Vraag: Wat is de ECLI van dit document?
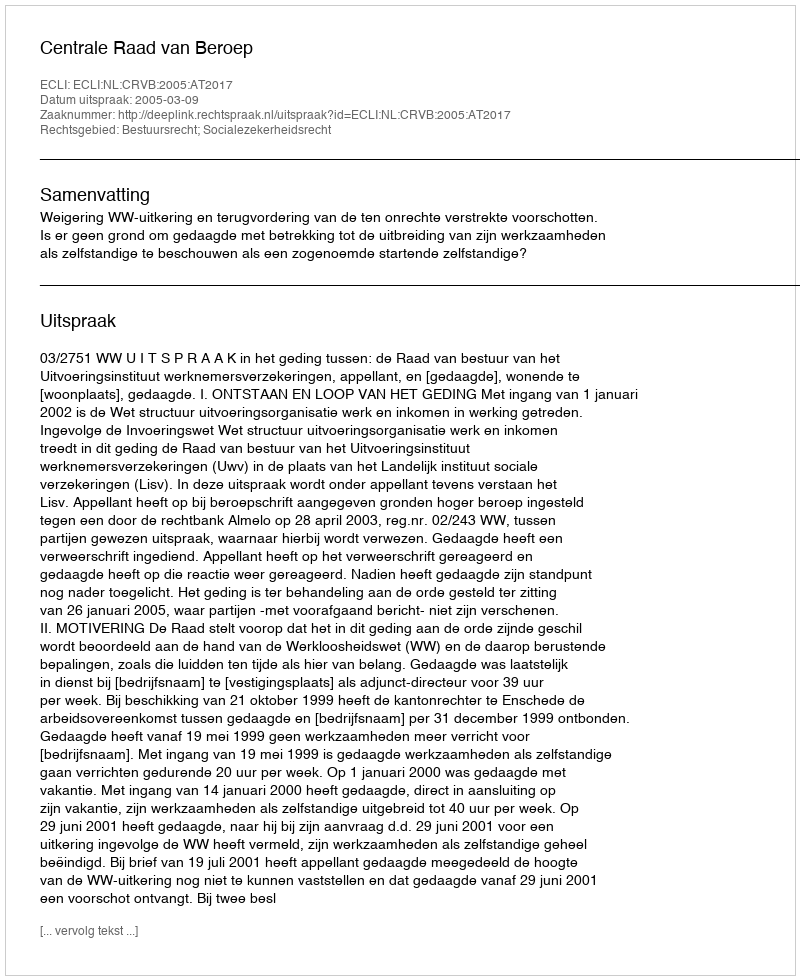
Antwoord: ECLI:NL:CRVB:2005:AT2017